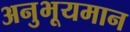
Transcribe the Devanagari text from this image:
अनुभूयमान